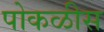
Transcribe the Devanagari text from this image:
पोकळीस